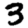
Digit: 3